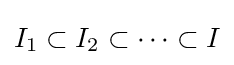
I_{1}\subset I_{2}\subset \cdots \subset I